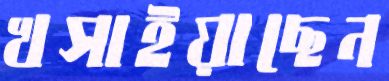
খসাইয়াছেন